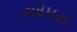
ઓપરા